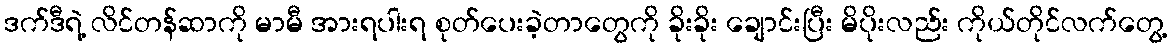
ဒက်ဒီရဲ့ လိင်တန်ဆာကို မာမီ အားရပါးရ စုတ်ပေးခဲ့တာတွေကို ခိုးခိုး ချောင်းပြီး မိပိုးလည်း ကိုယ်တိုင်လက်တွေ့